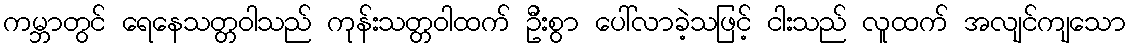
ကမ္ဘာတွင် ရေနေသတ္တဝါသည် ကုန်းသတ္တဝါထက် ဦးစွာ ပေါ်လာခဲ့သဖြင့် ငါးသည် လူထက် အလျင်ကျသော